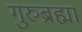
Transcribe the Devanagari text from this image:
गुरुब्रह्मा